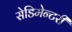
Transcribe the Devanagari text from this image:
सेडिमेन्टरी